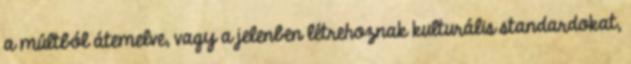
a múltból átemelve, vagy a jelenben létrehoznak kulturális standardokat,